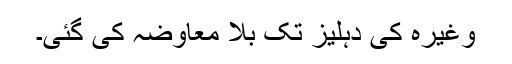
وغیرہ کی دہلیز تک بلا معاوضہ کی گئی۔